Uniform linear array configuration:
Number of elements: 8
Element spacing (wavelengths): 0.25
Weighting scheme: exponential
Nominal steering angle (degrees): -45
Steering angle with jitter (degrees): -45.326
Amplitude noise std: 0.05
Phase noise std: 0.05

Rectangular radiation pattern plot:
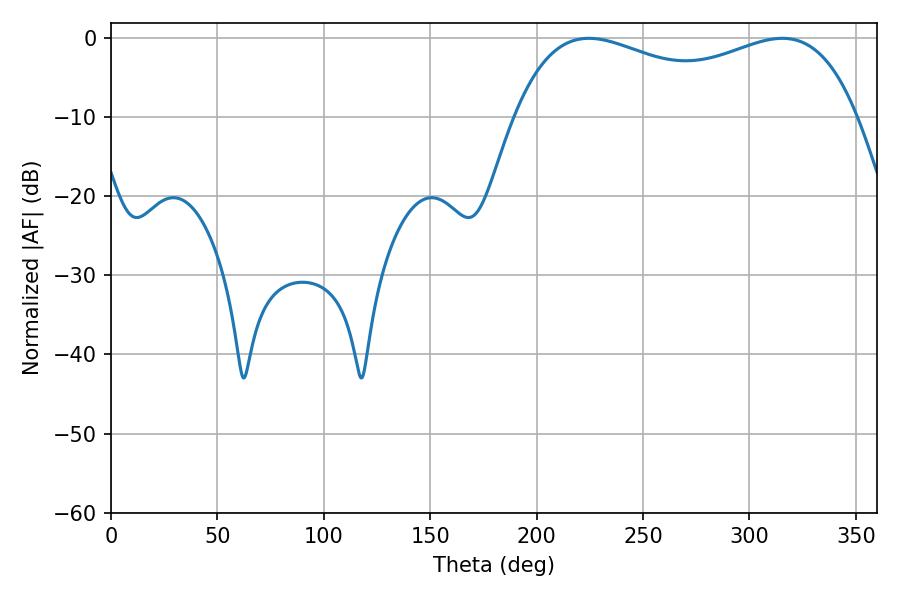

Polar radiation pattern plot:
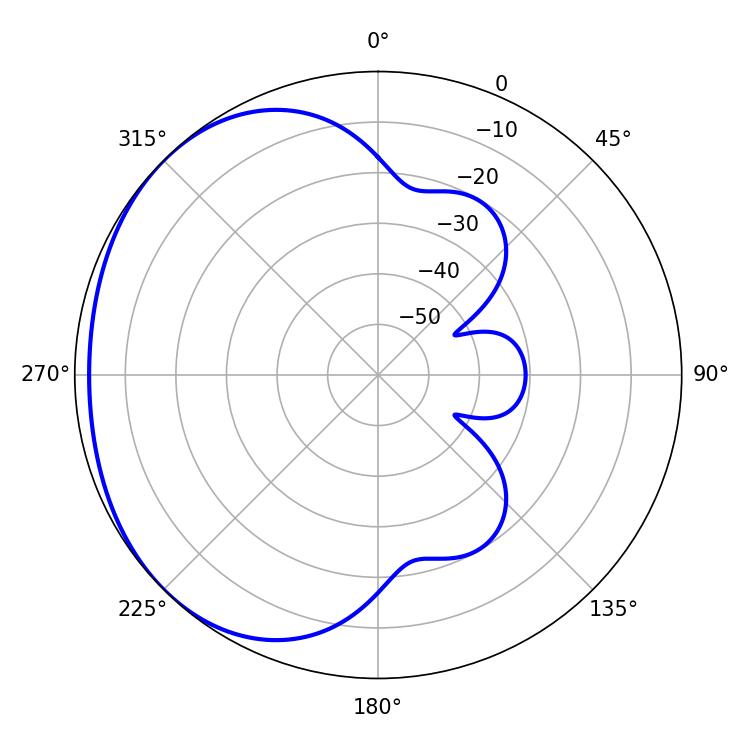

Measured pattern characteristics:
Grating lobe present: FALSE
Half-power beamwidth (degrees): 133.2
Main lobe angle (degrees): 224.64